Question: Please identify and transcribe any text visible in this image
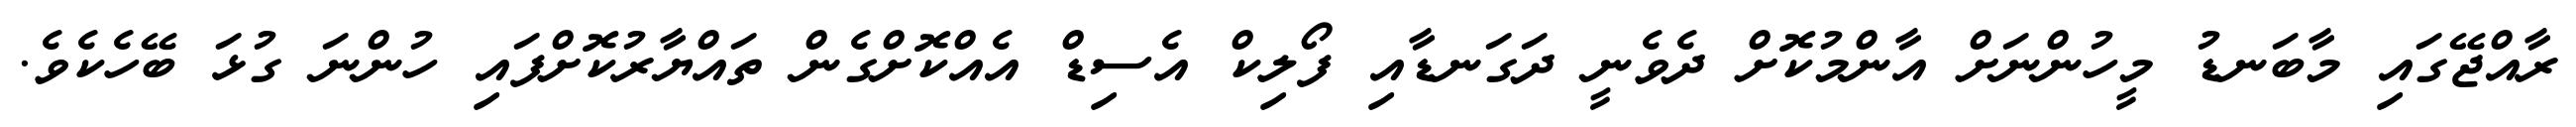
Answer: ރާއްޖޭގައި މާބަނޑު މީހުންނަށް އާންމުކޮށް ދެވެނީ ދަގަނޑާއި ފޯލިކް އެސިޑް އެއްކޮށްގެން ތައްޔާރުކޮށްފައި ހުންނަ ގުޅަ ބޭހެކެވެ.